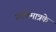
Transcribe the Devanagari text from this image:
प्राणिमात्रके